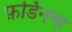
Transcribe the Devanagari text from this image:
फ़र्डिनन्ड